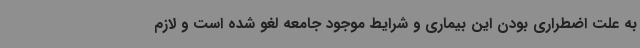
به علت اضطراری بودن این بیماری و شرایط موجود جامعه لغو شده است و لازم